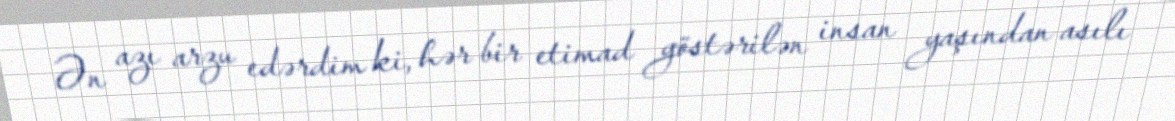
Ən azı arzu edərdim ki, hər bir etimad göstərilən insan yaşından asılı